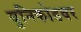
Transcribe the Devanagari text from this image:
युनिकोडवर